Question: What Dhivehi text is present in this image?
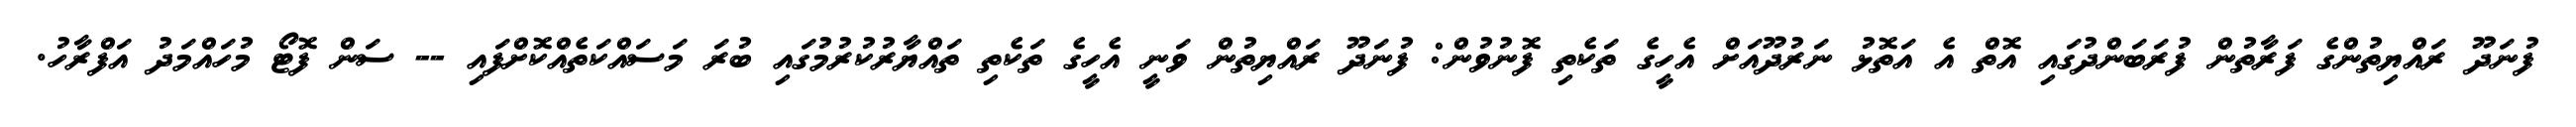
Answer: ފުނަދޫ ރައްޔިތުންގެ ފަރާތުން ފުރަބަންދުގައި އޮތް އެ އަތޮޅު ނަރުދޫއަށް އެހީގެ ތަކެތި ފޮނުވުން: ފުނަދޫ ރައްޔިތުން ވަނީ އެހީގެ ތަކެތި ތައްޔާރުކުރުމުގައި ބުރަ މަސައްކަތެއްކޮށްފައި -- ސަން ފޮޓޯ މުހައްމަދު އަފްރާހު.